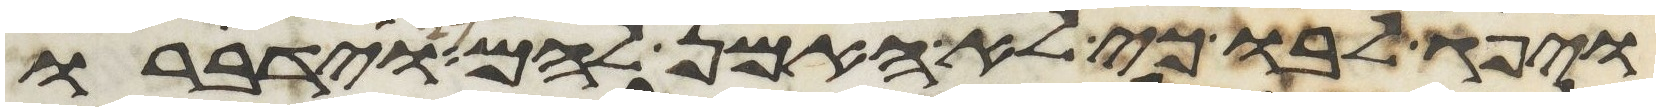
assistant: ויפג לבו כי לא האמן להם וידברו